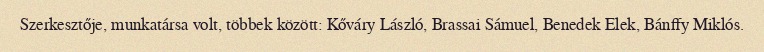
Szerkesztője, munkatársa volt, többek között: Kőváry László, Brassai Sámuel, Benedek Elek, Bánffy Miklós.